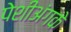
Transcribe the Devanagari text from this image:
पेशीअंगके